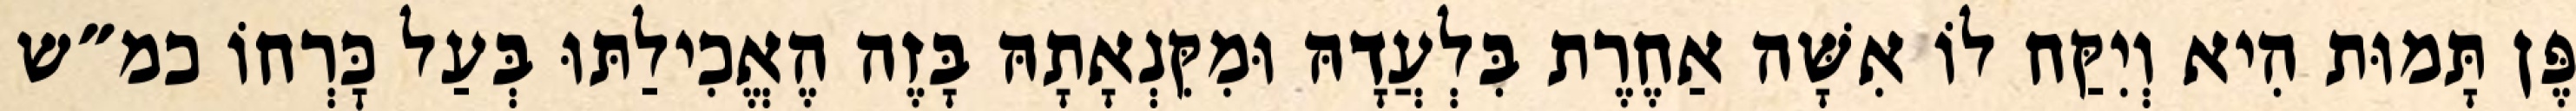
פֶּן תָּמוּת הִיא וְיִקַּח לוֹ אִשָּׁה אַחֶרֶת בִּלְעֲדָהּ וּמִקִּנְאָתָהּ בָּזֶה הֶאֱכִילַתּוּ בְּעַל כׇּרְחוֹ כמ״ש